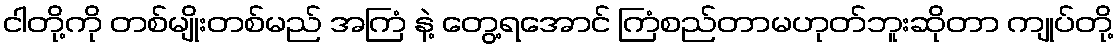
ငါတို့ကို တစ်မျိုးတစ်မည် အကြံ နဲ့ တွေ့ရအောင် ကြံစည်တာမဟုတ်ဘူးဆိုတာ ကျုပ်တို့